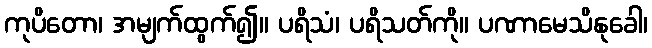
ကုပိတော၊ အမျက်ထွက်၍။ ပရိသံ၊ ပရိသတ်ကို။ ပဏာမေသိနုခေါ၊